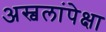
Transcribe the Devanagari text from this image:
अस्वलांपेक्षा